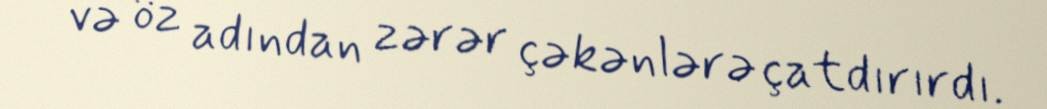
və öz adından zərər çəkənlərə çatdırırdı.